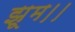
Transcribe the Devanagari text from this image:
झूम।।